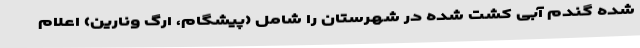
شده گندم آبی کشت شده در شهرستان را شامل (پیشگام، ارگ ونارین) اعلام